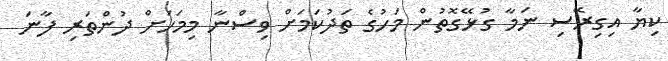
ކިޔާ އިގިރޭސި ނަމާ ގުޅޭގޮތުން މަހުގެ ތަދުކަމަށް ވިސްނާ މިމަހަށް ދުންތަރި ފާނަ